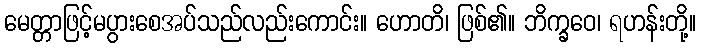
မေတ္တာဖြင့်မပွားစေအပ်သည်လည်းကောင်း။ ဟောတိ၊ ဖြစ်၏။ ဘိက္ခဝေ၊ ရဟန်းတို့။